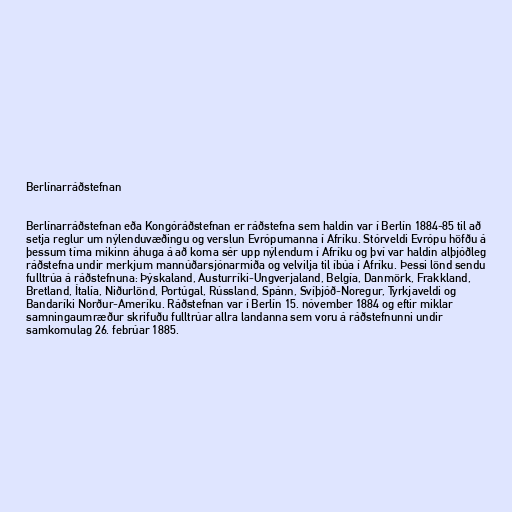
Berlínarráðstefnan

Berlínarráðstefnan eða Kongóráðstefnan er ráðstefna sem haldin var í Berlín 1884-85 til að
setja reglur um nýlenduvæðingu og verslun Evrópumanna í Afríku. Stórveldi Evrópu höfðu á
þessum tíma mikinn áhuga á að koma sér upp nýlendum í Afríku og því var haldin alþjóðleg
ráðstefna undir merkjum mannúðarsjónarmiða og velvilja til íbúa í Afríku. Þessi lönd sendu
fulltrúa á ráðstefnuna: Þýskaland, Austurríki-Ungverjaland, Belgía, Danmörk, Frakkland,
Bretland, Ítalía, Niðurlönd, Portúgal, Rússland, Spánn, Svíþjóð-Noregur, Tyrkjaveldi og
Bandaríki Norður-Ameríku. Ráðstefnan var í Berlín 15. nóvember 1884 og eftir miklar
samningaumræður skrifuðu fulltrúar allra landanna sem voru á ráðstefnunni undir
samkomulag 26. febrúar 1885.